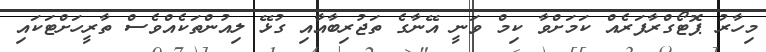
މިހާރު ޕޮޓޯގްރާފަރެއް ކަމަށްވާ ކިމް ވަނީ އޭނާގެ ތަޖުރިބާއާއި ގުޅޭ ލިއުންތަކެއްވެސް ތާރީހަށްޓަކައި